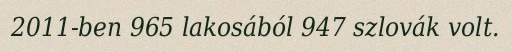
2011-ben 965 lakosából 947 szlovák volt.